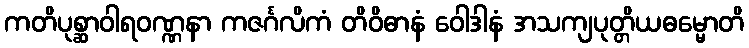
ကတိပုစ္ဆာဝါရဝဏ္ဏနာ ကဇင်္ဂလိကံ တိဝိဓာနံ ဝေါဒါနံ အသကျပုတ္တိယဓမ္မောတိ